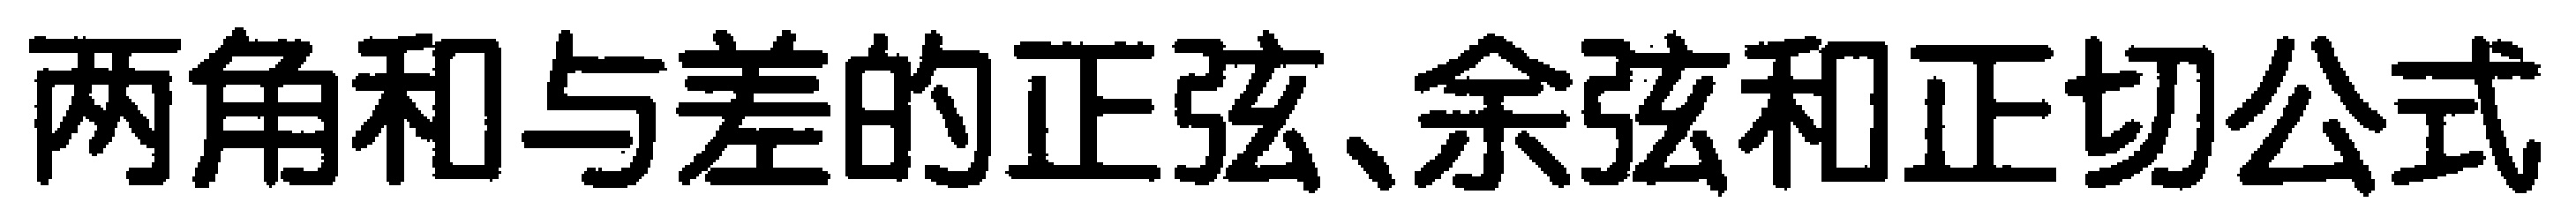
两角和与差的正弦、余弦和正切公式